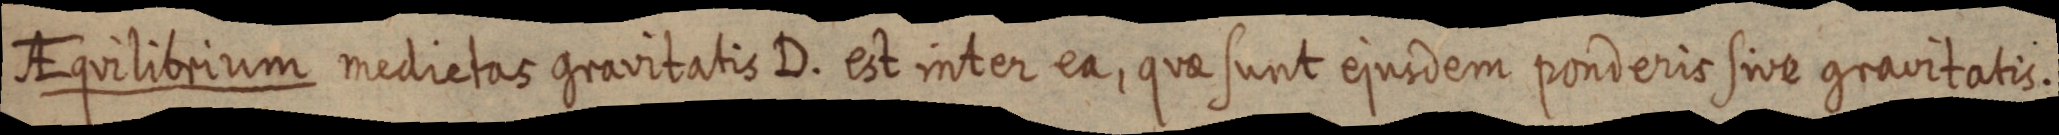
AEquilibrium medietas gravitatis D. est inter ea, quae sunt ejusdem ponderis sive gravitatis.